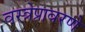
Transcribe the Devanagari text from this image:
वस्त्रेप्रावरणे